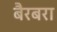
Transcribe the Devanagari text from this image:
बैरबरा